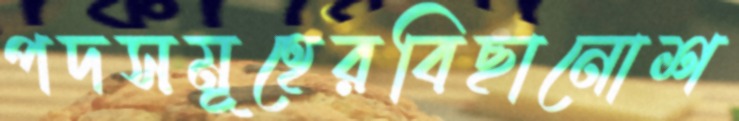
পদসমূহেরবিছানোশ